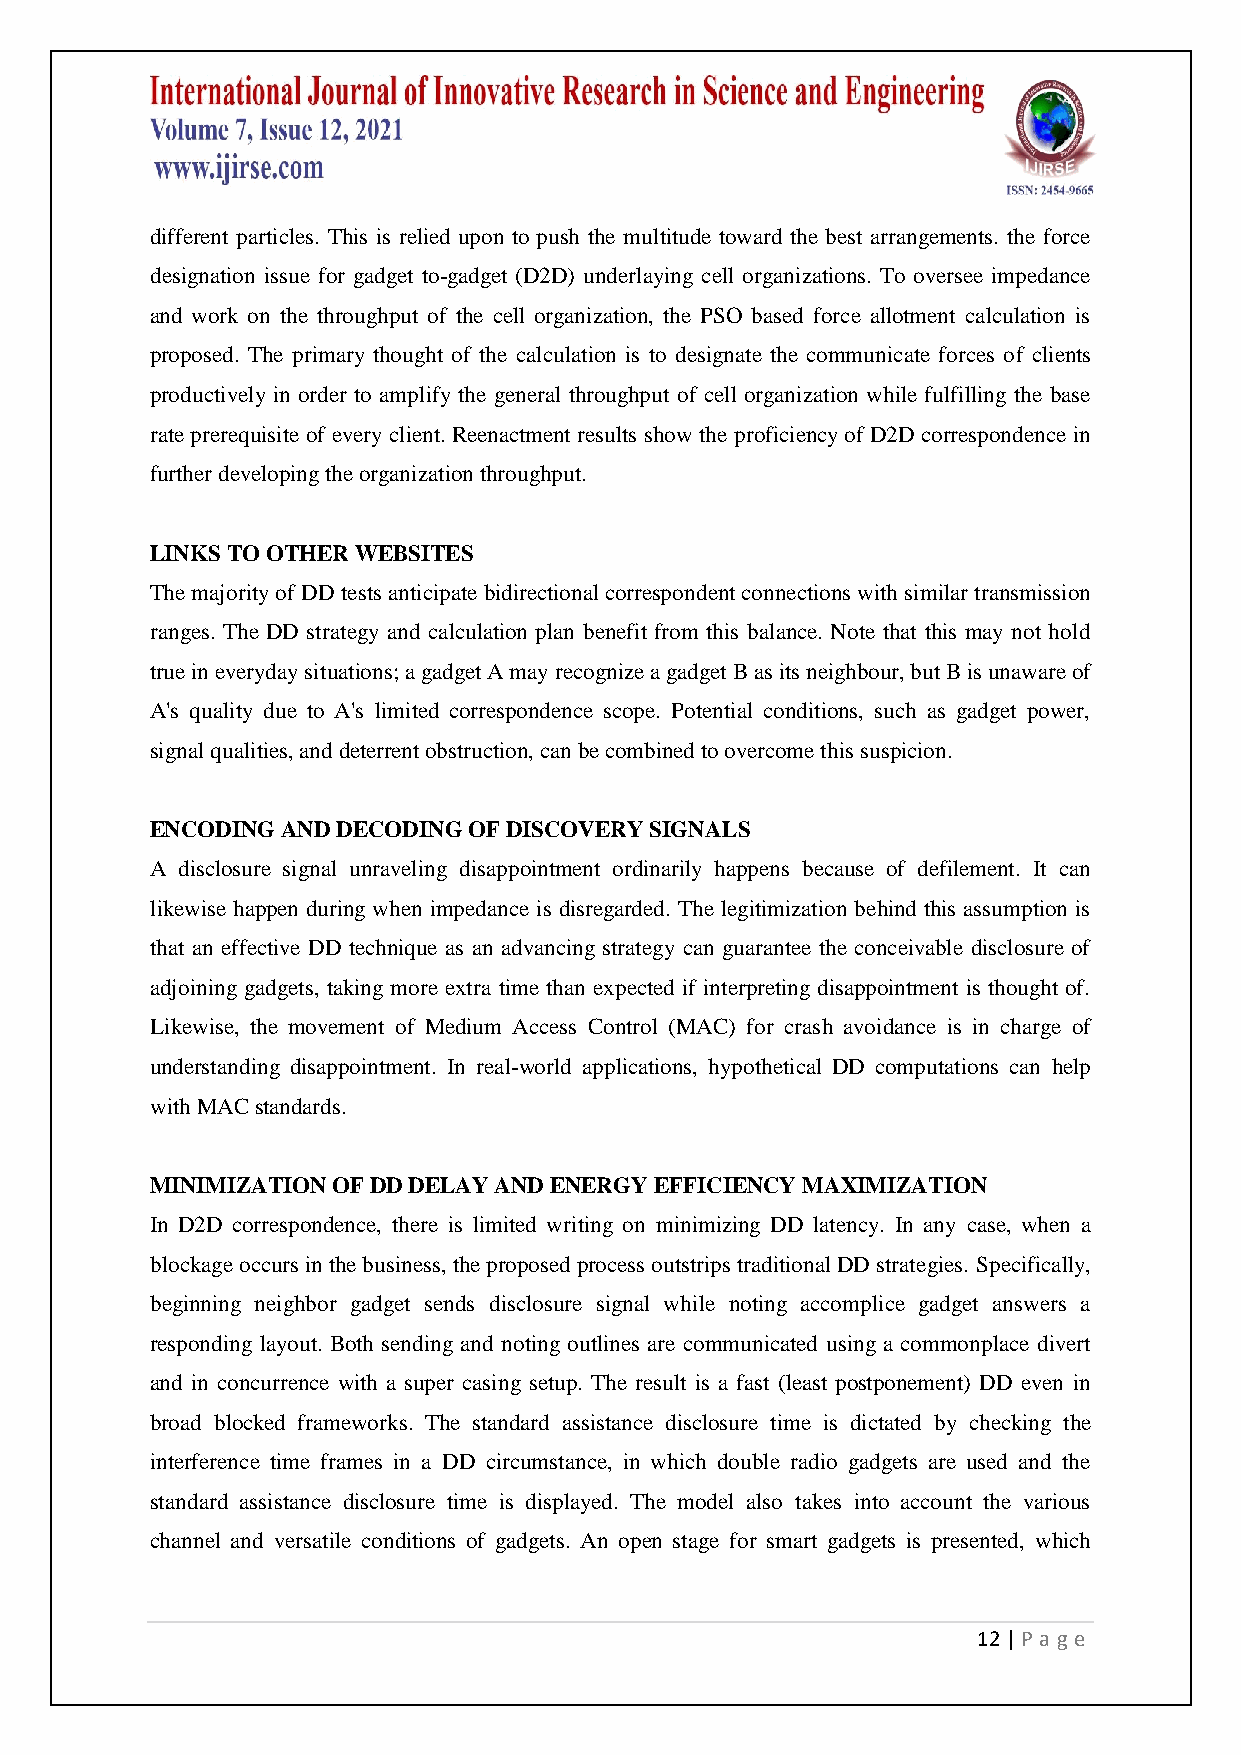
different particles. This is relied upon to push the multitude toward the best arrangements. the force
 designation issue for gadget to-gadget (D2D) underlaying cell organizations. To oversee impedance
 and work on the throughput of the cell organization, the PSO based force allotment calculation is
 proposed. The primary thought of the calculation is to designate the communicate forces of clients
 productively in order to amplify the general throughput of cell organization while fulfilling the base
 rate prerequisite of every client. Reenactment results show the proficiency of D2D correspondence in
 further developing the organization throughput.
 LINKS TO OTHER WEBSITES
 The majority of DD tests anticipate bidirectional correspondent connections with similar transmission
 ranges. The DD strategy and calculation plan benefit from this balance. Note that this may not hold
 true in everyday situations; a gadget A may recognize a gadget B as its neighbour, but B is unaware of
 A's quality due to A's limited correspondence scope. Potential conditions, such as gadget power,
 signal qualities, and deterrent obstruction, can be combined to overcome this suspicion.
 ENCODING AND DECODING OF DISCOVERY SIGNALS
 A disclosure signal unraveling disappointment ordinarily happens because of defilement. It can
 likewise happen during when impedance is disregarded. The legitimization behind this assumption is
 that an effective DD technique as an advancing strategy can guarantee the conceivable disclosure of
 adjoining gadgets, taking more extra time than expected if interpreting disappointment is thought of.
 Likewise, the movement of Medium Access Control (MAC) for crash avoidance is in charge of
 understanding disappointment. In real-world applications, hypothetical DD computations can help
 with MAC standards.
 MINIMIZATION OF DD DELAY AND ENERGY EFFICIENCY MAXIMIZATION
 In D2D correspondence, there is limited writing on minimizing DD latency. In any case, when a
 blockage occurs in the business, the proposed process outstrips traditional DD strategies. Specifically,
 beginning neighbor gadget sends disclosure signal while noting accomplice gadget answers a
 responding layout. Both sending and noting outlines are communicated using a commonplace divert
 and in concurrence with a super casing setup. The result is a fast (least postponement) DD even in
 broad blocked frameworks. The standard assistance disclosure time is dictated by checking the
 interference time frames in a DD circumstance, in which double radio gadgets are used and the
 standard assistance disclosure time is displayed. The model also takes into account the various
 channel and versatile conditions of gadgets. An open stage for smart gadgets is presented, which
 12 | P age